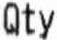
QTY